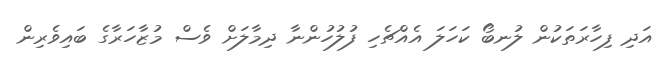
އަދި ފިހާރަތަކުން ލުނބޯ ކަހަލަ އެއްޗެހި ފުލުހުންނާ ދިމާލަށް ވެސް މުޒާހަރާގެ ބައިވެރިން